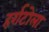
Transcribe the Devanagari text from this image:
हर्राटोला